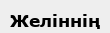
Желіннің